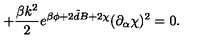
+ \frac { \beta k ^ { 2 } } { 2 } e ^ { \beta \phi + 2 { \tilde { d } } B + 2 \chi } ( \partial _ { \alpha } \chi ) ^ { 2 } = 0 .